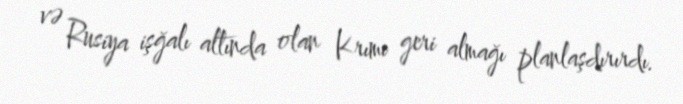
və Rusiya işğalı altında olan Krımı geri almağı planlaşdırırdı.